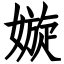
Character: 嫙